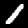
Label: 1